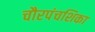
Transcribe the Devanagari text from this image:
चौरपंचशिका